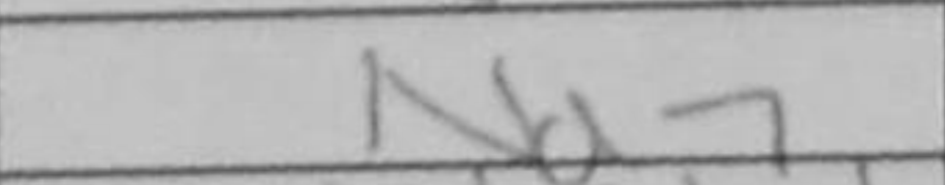
Transcription: Nd7